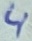
Text: 4